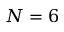
N = 6